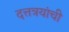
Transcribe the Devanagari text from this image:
दत्तत्रयांची